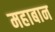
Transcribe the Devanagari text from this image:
महाबान